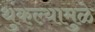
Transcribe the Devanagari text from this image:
थुंकल्यामुळे